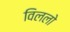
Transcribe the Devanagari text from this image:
विललो